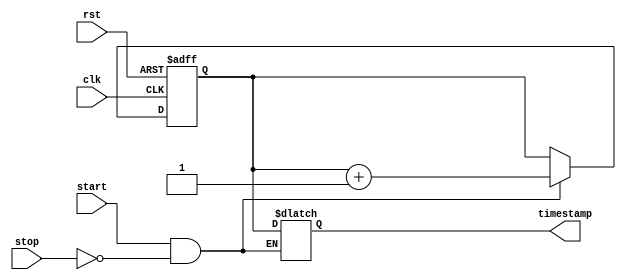
module Time_stamping_timer (
    input wire clk, // System clock
    input wire rst, // Reset signal
    input wire start, // Start signal
    input wire stop, // Stop signal
    output reg [31:0] timestamp // Time-stamping timer value
);

reg [31:0] timer; // High-resolution timer

always @(posedge clk or posedge rst) begin
    if (rst) begin
        timer <= 32'h0; // Reset timer
    end else begin
        if (start && !stop) begin // Start timer
            timer <= timer + 1; 
        end
    end
end

always @(*) begin
    if (start && !stop) begin
        timestamp = timer; // Time-stamping timer value
    end
end

endmodule